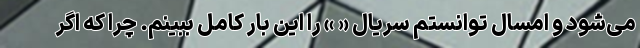
می‌شود و امسال توانستم سریال « » را این بار کامل ببینم. چرا که اگر